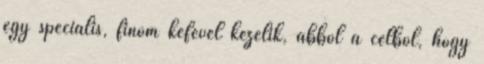
egy speciális, finom kefével kezelik, abból a célból, hogy